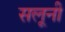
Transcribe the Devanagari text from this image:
सलूनी